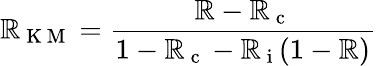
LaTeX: \mathbb{R}_{\mathrm{{~K~M~}}}=\frac{{\mathbb{R}-\mathbb{R}_{\mathrm{{~c~}}}}}{{1-\mathbb{R}_{\mathrm{{~c~}}}-\mathbb{R}_{\mathrm{{~i~}}}(1-\mathbb{R})}}